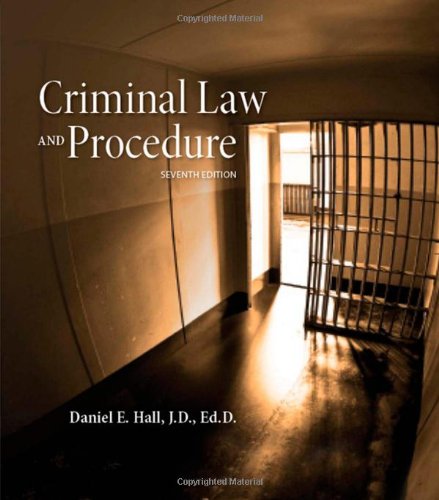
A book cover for Criminal Law and Procedure; Daniel E. Hall; Law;